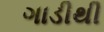
ગાડીથી